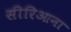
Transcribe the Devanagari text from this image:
सीरिआना